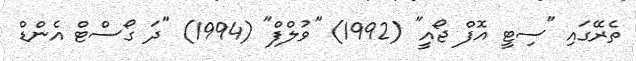
ތެރޭގައި "ސިޓީ އޮފް ޖޯއީ" (1992) "ވުލްފް" (1994) "ދަ ގޯސްޓް އެންޑް